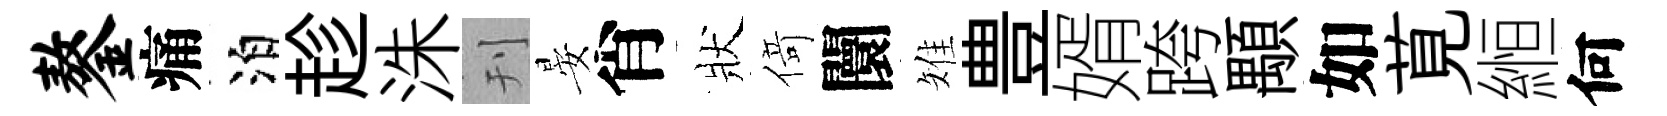
鏊痛泊趁洙刊晏肖狀𠋣闤雉豊婿跨顒如莧縆何